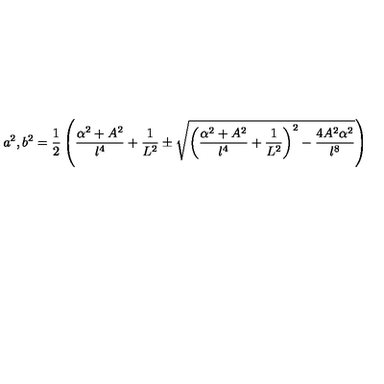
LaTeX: a ^ { 2 } , b ^ { 2 } = \frac { 1 } { 2 } \left( \frac { \alpha ^ { 2 } + A ^ { 2 } } { l ^ { 4 } } + \frac { 1 } { L ^ { 2 } } \pm \sqrt { \left( \frac { \alpha ^ { 2 } + A ^ { 2 } } { l ^ { 4 } } + \frac { 1 } { L ^ { 2 } } \right) ^ { 2 } - \frac { 4 A ^ { 2 } \alpha ^ { 2 } } { l ^ { 8 } } } \right)